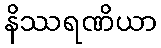
နိဿရဏိယာ